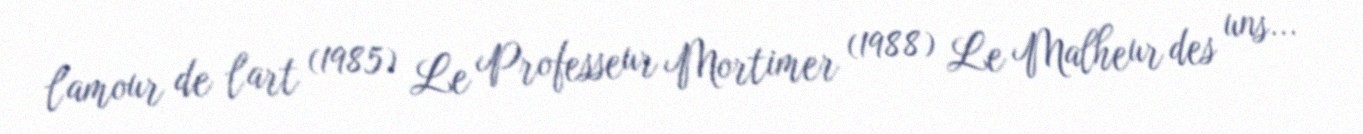
l'amour de l'art (1985) Le Professeur Mortimer (1988) Le Malheur des uns...